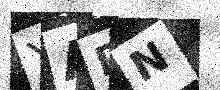
Text: YARN